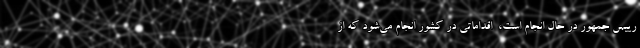
رییس جمهور در حال انجام است، ‌ اقداماتی در کشور انجام می‌شود که از